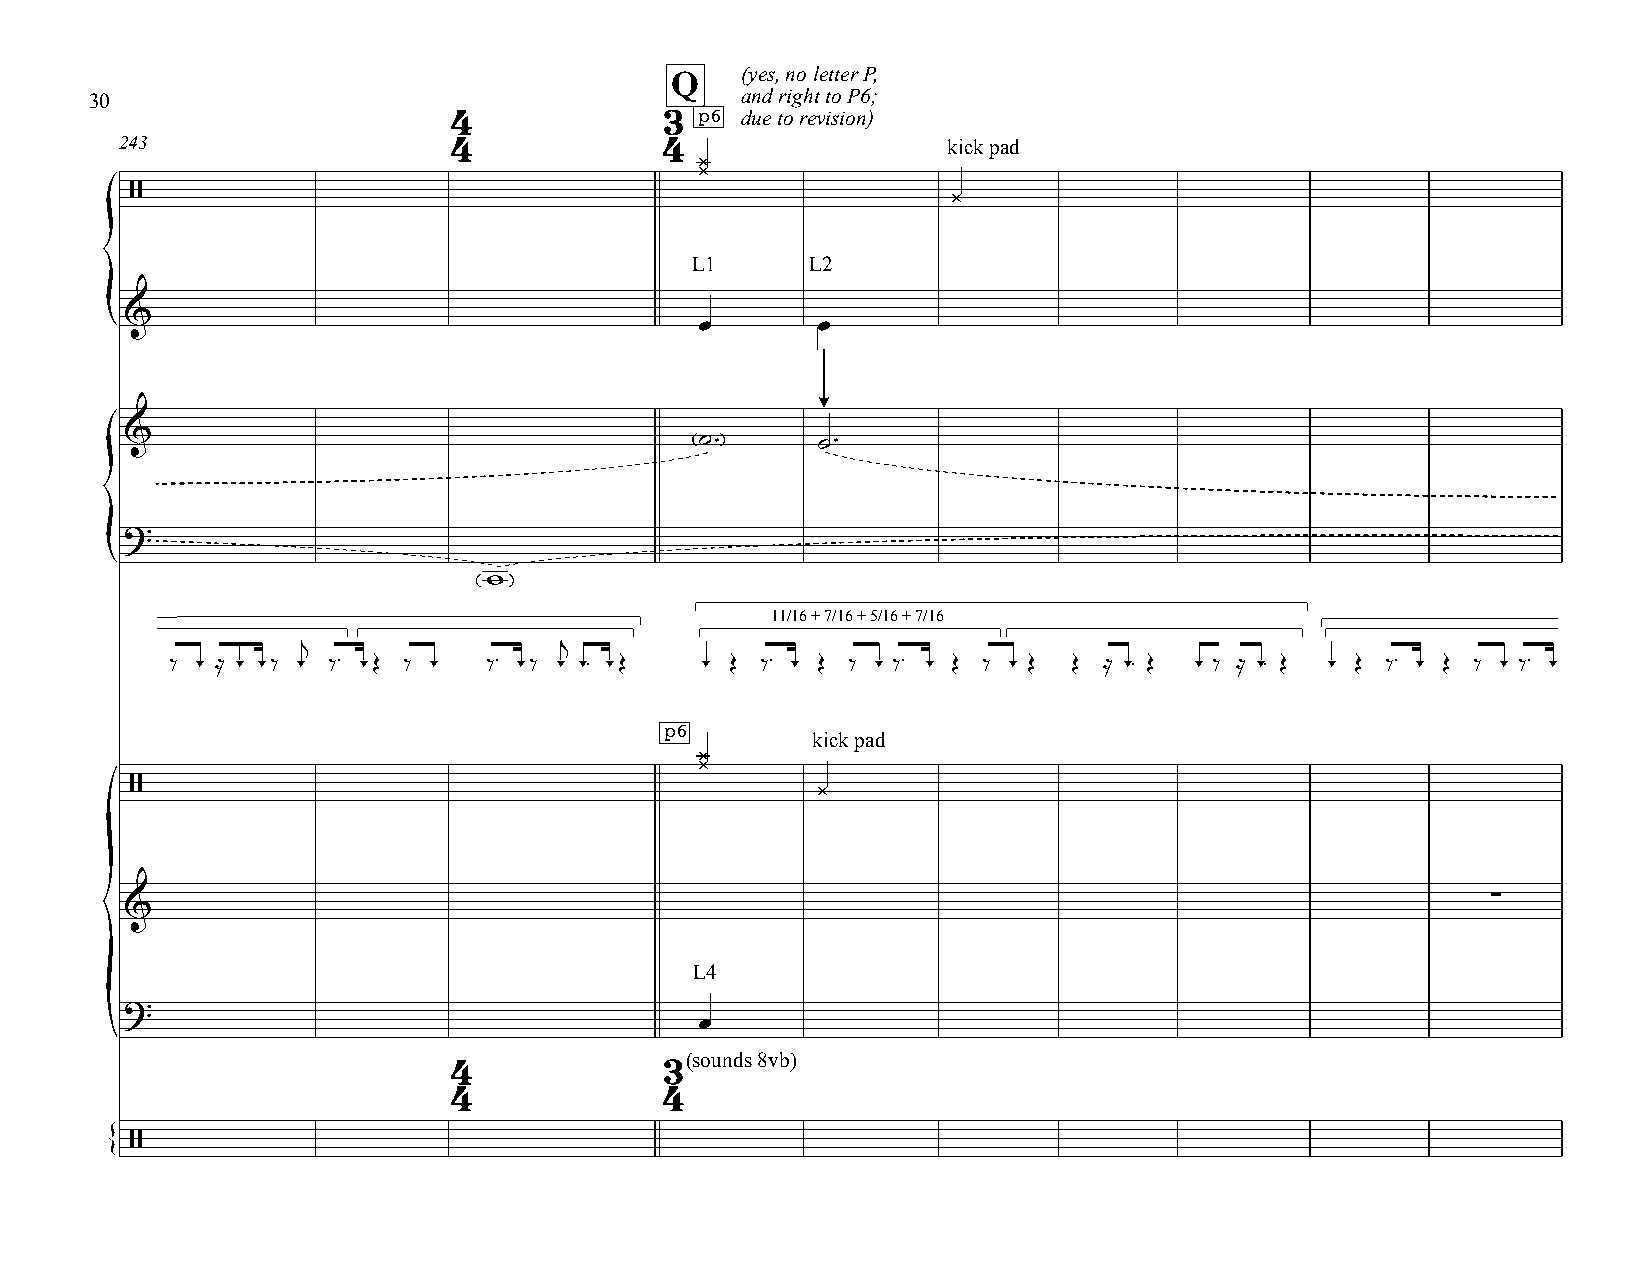
Q    (yes, no letter P,
 30                                         and right to P6;
 4             3 p6 due to revision)
 243                   4             4                  kick pad
 ¿
 ¿
 /                                                     ¿
 L1      L2
 &
 {                                      œ       œ
 &                                     ˙ ™     ˙™
 ?
 {
 w
 11/16 + 7/16 + 5/16 + 7/16
 j                j
 ‰ - ≈ - -‰ - ‰™ -Œ ‰ - ‰™ -‰ - -™ -Œ - Œ ‰™ - Œ ‰ - ‰™ - Œ ‰ - Œ Œ ≈ -™ Œ - ‰ ≈ -™ Œ - Œ ‰™ - Œ ‰ - ‰™ -
 p6
 kick pad
 ¿
 ¿
 /                                            ¿
 ∑
 &
 L4
 ?
 œ
 {
 (sounds 8vb)
 4             3
 4             4
 /
 {